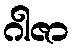
ဂါဇာ